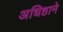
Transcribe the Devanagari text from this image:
अधिष्ठाने